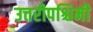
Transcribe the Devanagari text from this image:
उत्तरीपश्चिमी